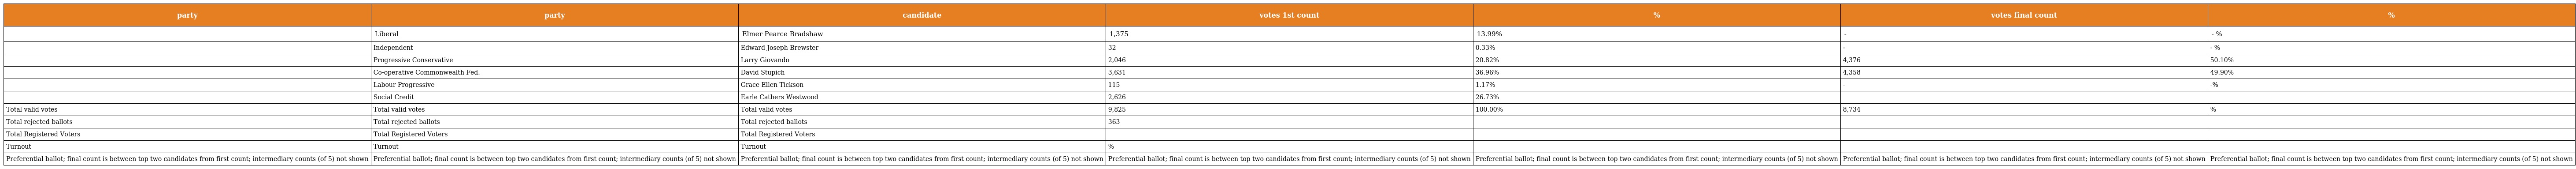
| party | party | candidate | votes 1st count | % | votes final count | % |
 | --- | --- | --- | --- | --- | --- | --- |
 |  | Liberal | Elmer Pearce Bradshaw | 1,375 | 13.99% | - | - % |
 |  | Independent | Edward Joseph Brewster | 32 | 0.33% | - | - % |
 |  | Progressive Conservative | Larry Giovando | 2,046 | 20.82% | 4,376 | 50.10% |
 |  | Co-operative Commonwealth Fed. | David Stupich | 3,631 | 36.96% | 4,358 | 49.90% |
 |  | Labour Progressive | Grace Ellen Tickson | 115 | 1.17% | - | -% |
 |  | Social Credit | Earle Cathers Westwood | 2,626 | 26.73% |  |  |
 | Total valid votes | Total valid votes | Total valid votes | 9,825 | 100.00% | 8,734 | % |
 | Total rejected ballots | Total rejected ballots | Total rejected ballots | 363 |  |  |  |
 | Total Registered Voters | Total Registered Voters | Total Registered Voters |  |  |  |  |
 | Turnout | Turnout | Turnout | % |  |  |  |
 | Preferential ballot; final count is between top two candidates from first count; intermediary counts (of 5) not shown | Preferential ballot; final count is between top two candidates from first count; intermediary counts (of 5) not shown | Preferential ballot; final count is between top two candidates from first count; intermediary counts (of 5) not shown | Preferential ballot; final count is between top two candidates from first count; intermediary counts (of 5) not shown | Preferential ballot; final count is between top two candidates from first count; intermediary counts (of 5) not shown | Preferential ballot; final count is between top two candidates from first count; intermediary counts (of 5) not shown | Preferential ballot; final count is between top two candidates from first count; intermediary counts (of 5) not shown |